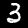
Digit: 3